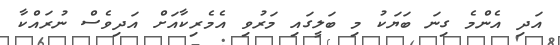
އަދި އެންމެ ގިނަ ބަޔަކު މި ބަލީގައި މަރުވި އެމެރިކާއަށް އަދިވެސް ނުރައްކާ